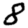
Digit: 8